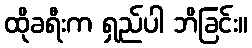
ထိုခရီးက ရှည်ပါ ဘိခြင်း။